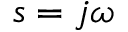
s = j \omega